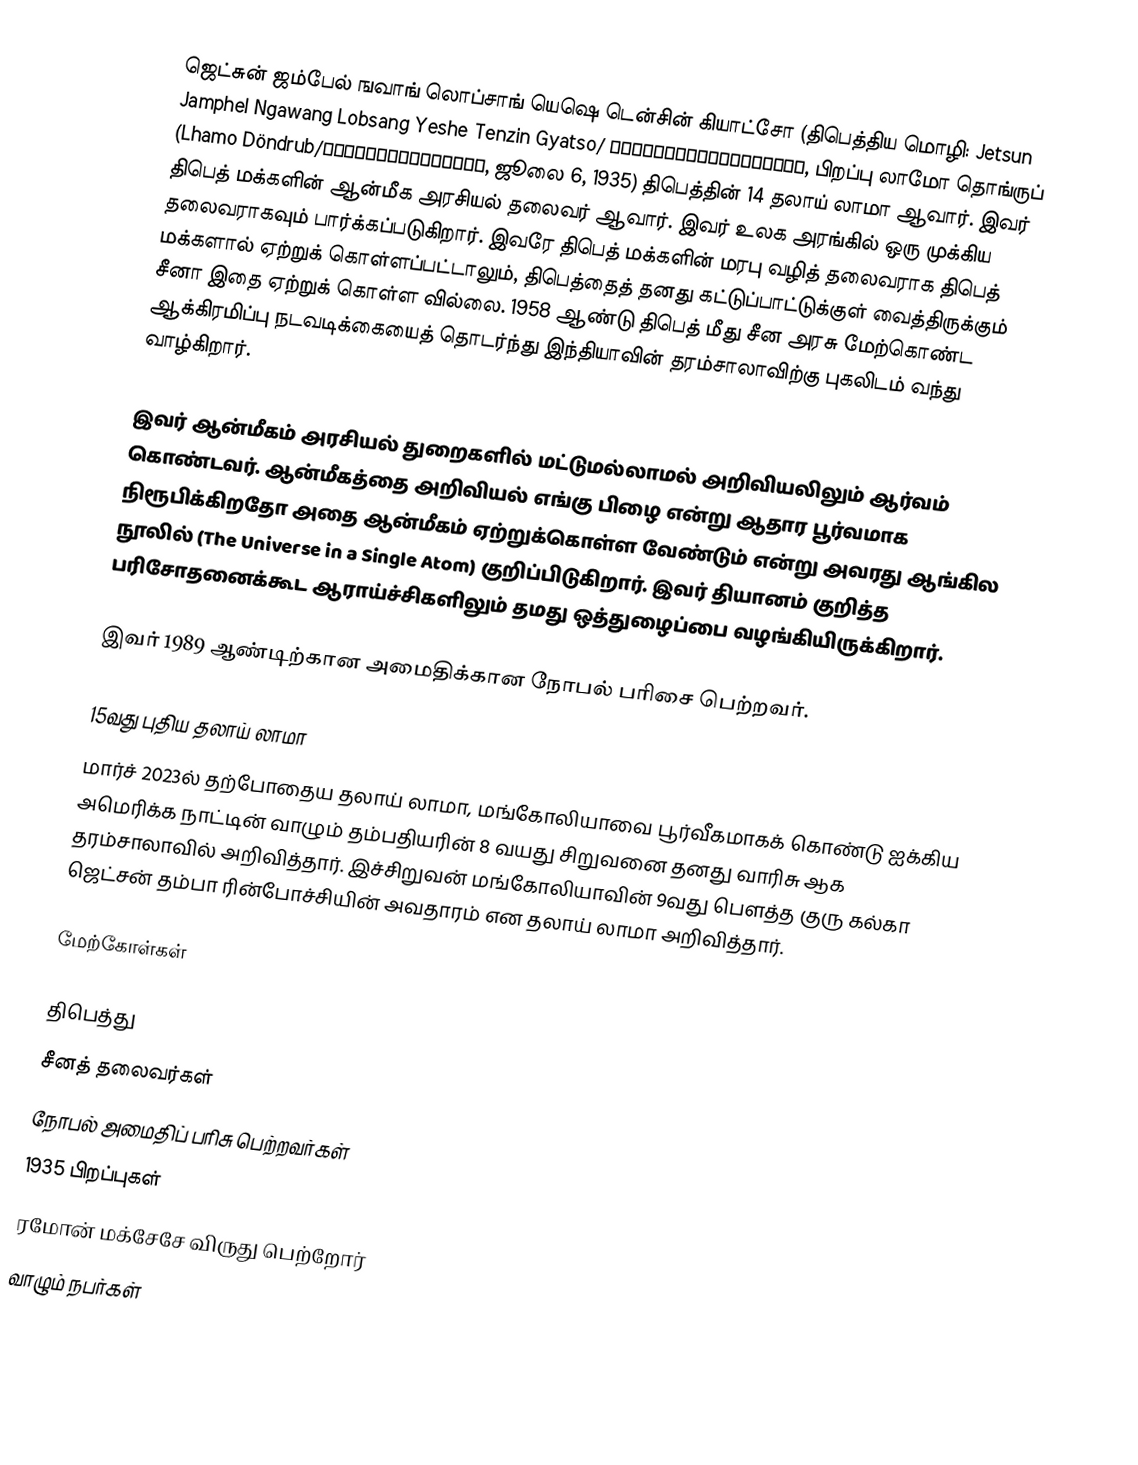
ஜெட்சுன் ஜம்பேல் ஙவாங் லொப்சாங் யெஷெ டென்சின் கியாட்சோ (திபெத்திய மொழி: Jetsun Jamphel Ngawang Lobsang Yeshe Tenzin Gyatso/	བསྟན་འཛིན་རྒྱ་མཚོ་, பிறப்பு லாமோ தொங்ருப் (Lhamo Döndrub/ལྷ་མོ་དོན་འགྲུབ, ஜூலை 6, 1935) திபெத்தின் 14 தலாய் லாமா ஆவார். இவர் திபெத் மக்களின் ஆன்மீக அரசியல் தலைவர் ஆவார். இவர் உலக அரங்கில் ஒரு முக்கிய தலைவராகவும் பார்க்கப்படுகிறார். இவரே திபெத் மக்களின் மரபு வழித் தலைவராக திபெத் மக்களால் ஏற்றுக் கொள்ளப்பட்டாலும், திபெத்தைத் தனது கட்டுப்பாட்டுக்குள் வைத்திருக்கும் சீனா இதை ஏற்றுக் கொள்ள வில்லை. 1958 ஆண்டு திபெத் மீது சீன அரசு மேற்கொண்ட ஆக்கிரமிப்பு நடவடிக்கையைத் தொடர்ந்து இந்தியாவின் தரம்சாலாவிற்கு புகலிடம் வந்து வாழ்கிறார்.

இவர் ஆன்மீகம் அரசியல் துறைகளில் மட்டுமல்லாமல் அறிவியலிலும் ஆர்வம் கொண்டவர். ஆன்மீகத்தை அறிவியல் எங்கு பிழை என்று ஆதார பூர்வமாக நிரூபிக்கிறதோ அதை ஆன்மீகம் ஏற்றுக்கொள்ள வேண்டும் என்று அவரது ஆங்கில நூலில் (The Universe in a Single Atom) குறிப்பிடுகிறார். இவர் தியானம் குறித்த பரிசோதனைக்கூட ஆராய்ச்சிகளிலும் தமது ஒத்துழைப்பை வழங்கியிருக்கிறார்.

இவர் 1989 ஆண்டிற்கான அமைதிக்கான நோபல் பரிசை பெற்றவர்.

15வது புதிய தலாய் லாமா
மார்ச் 2023ல் தற்போதைய தலாய் லாமா, மங்கோலியாவை பூர்வீகமாகக் கொண்டு ஐக்கிய அமெரிக்க நாட்டின் வாழும் தம்பதியரின் 8 வயது சிறுவனை தனது வாரிசு ஆக தரம்சாலாவில் அறிவித்தார். இச்சிறுவன் மங்கோலியாவின் 9வது பௌத்த குரு கல்கா ஜெட்சன் தம்பா ரின்போச்சியின் அவதாரம் என தலாய் லாமா அறிவித்தார்.

மேற்கோள்கள்

திபெத்து
சீனத் தலைவர்கள்
நோபல் அமைதிப் பரிசு பெற்றவர்கள்
1935 பிறப்புகள்
ரமோன் மக்சேசே விருது பெற்றோர்
வாழும் நபர்கள்